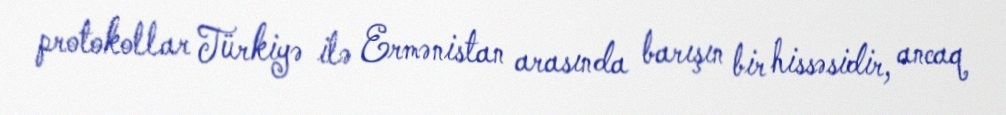
protokollar Türkiyə ilə Ermənistan arasında barışın bir hissəsidir, ancaq